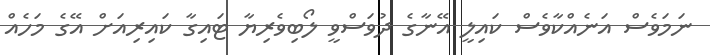
ނަމަވެސް އަނެއްކާވެސް ކައިލީ އޭނާގެ ދުވަސްވީ ލޯބިވެރިޔާ ޓައިގާ ކައިރިއަށް އޭގެ މަހެއް